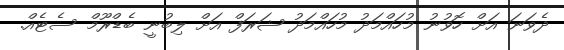
ދެވަނަ އަށް ހޮވުނު މުހައްމަދު މުހައްމަދު ޝަރަފް އަށް ލިބުނީ ބެޑްރޫމް ސެޓެއް.